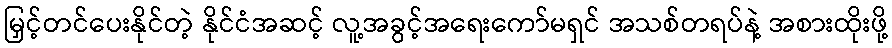
မြှင့်တင်ပေးနိုင်တဲ့ နိုင်ငံအဆင့် လူ့အခွင့်အရေးကော်မရှင် အသစ်တရပ်နဲ့ အစားထိုးဖို့